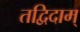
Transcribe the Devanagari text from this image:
तद्विदाम्